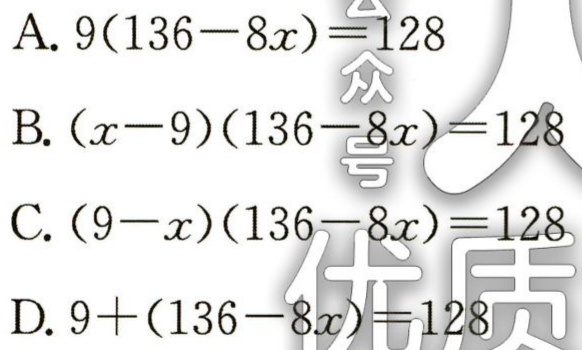
A. \(9(136 - 8x)=128\)

B. \((x - 9)(136 - 8x)=128\)

C. \((9 - x)(136 - 8x)=128\)

D. \(9+(136 - 8x)=128\)